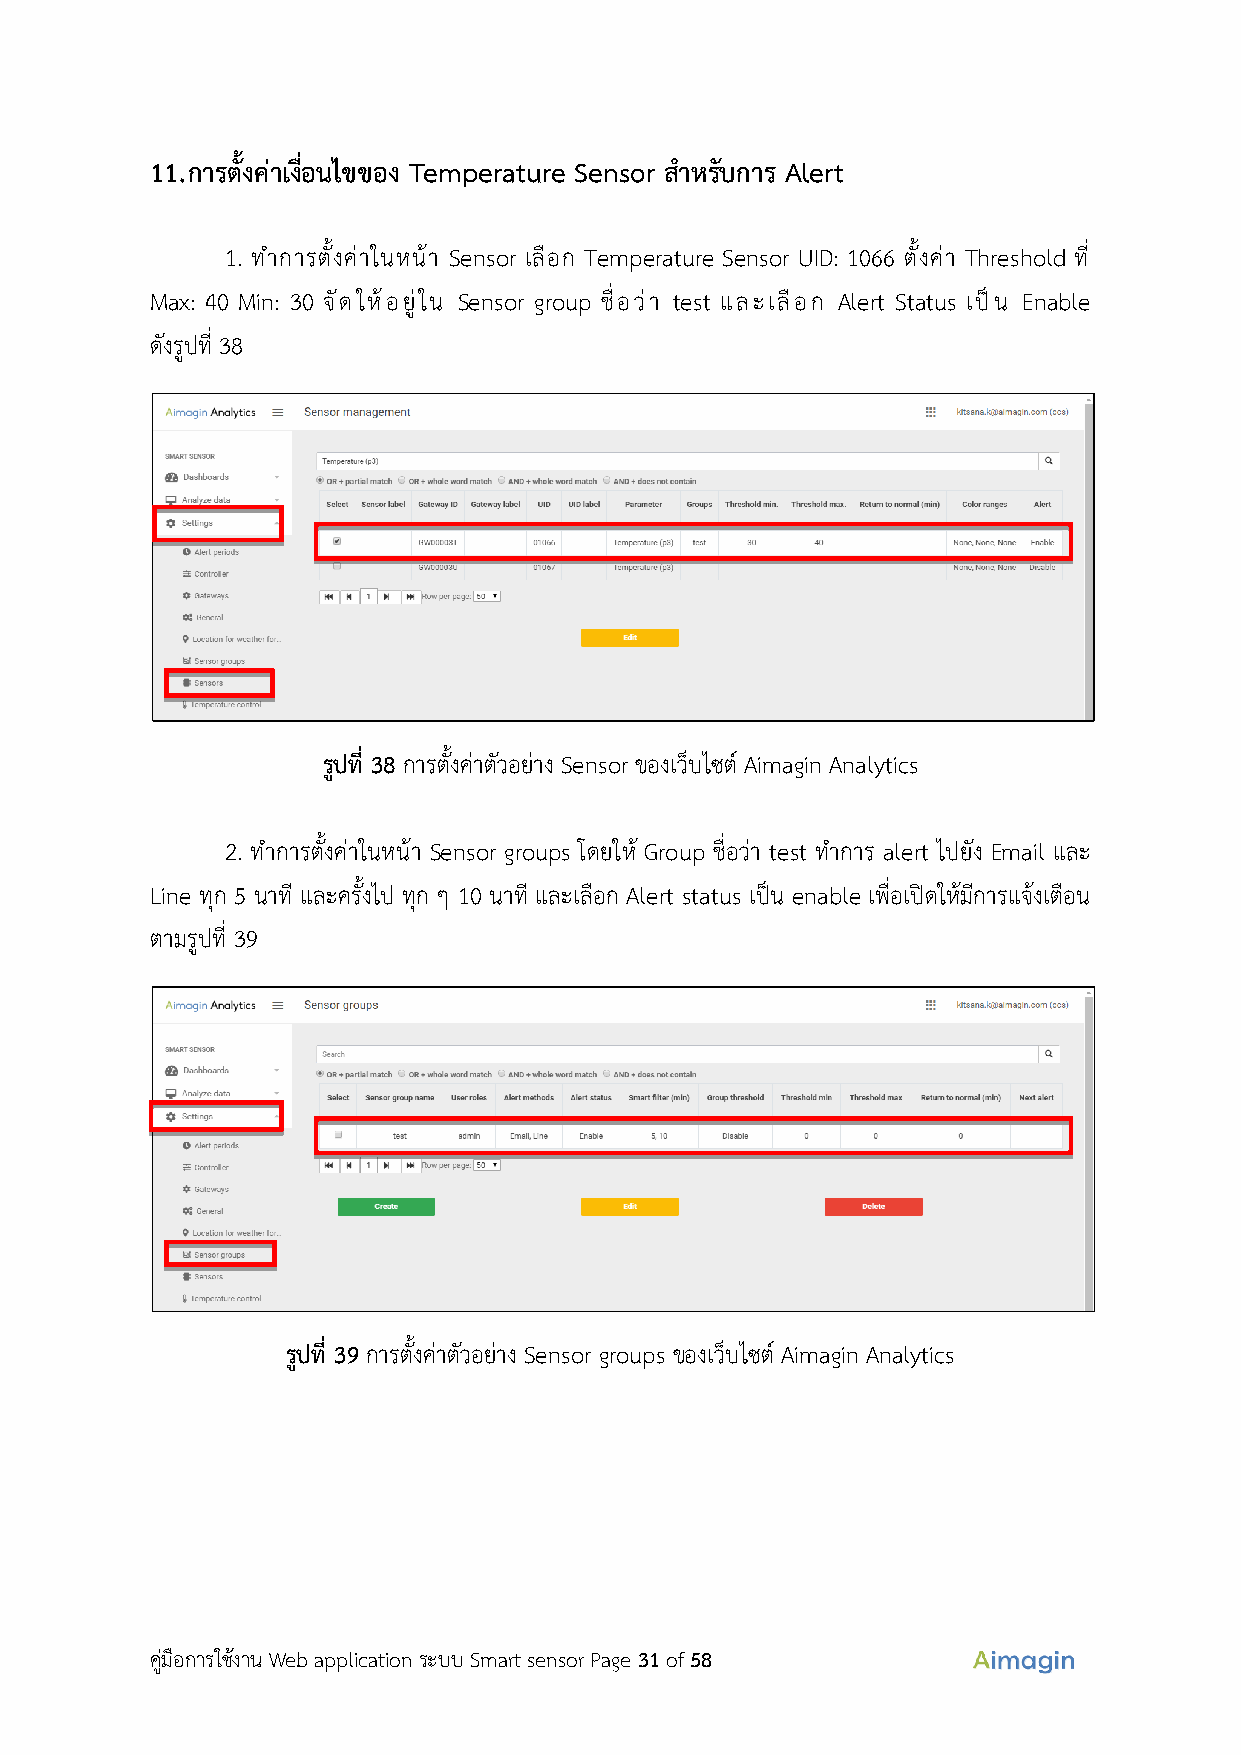
11. การตั้งค่าเงื่อนไขของ Temperature Sensor สำหรับการ Alert
 1. ทำการตั้งค่าในหน้า Sensor เลือก Temperature Sensor UID: 1066 ตั้งค่า Threshold ที่
 Max: 40 Min: 30 จัดให้อยู่ใน Sensor group ชื่อว่า test และเลือก Alert Status เป็น Enable
 ดงั รูปที่ 38
 รูปที่ 38 การตั้งค่าตัวอย่าง Sensor ของเว็บไซต์ Aimagin Analytics
 2. ทำการตั้งค่าในหน้า Sensor groups โดยให้ Group ชื่อว่า test ทำการ alert ไปยัง Email และ
 Line ทุก 5 นาที และครั้งไป ทุก ๆ 10 นาที และเลือก Alert status เป็น enable เพื่อเปิดให้มีการแจ้งเตือน
 ตามรูปที่ 39
 รูปที่ 39 การตั้งค่าตัวอย่าง Sensor groups ของเว็บไซต์ Aimagin Analytics
 คู่มือการใช้งาน Web application ระบบ Smart sensor Page 31 of 58